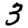
Digit: 3